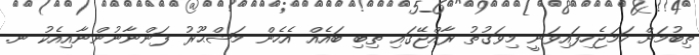
ތިބުމަށް ހަމަޖެހިފައިވަނީ މިވަގުތު ރާއްޖޭގައި ތިބި ބައެއް އެހެން މަޝްޙޫރު ފަންނާނުންނާއިއެކު ނ.